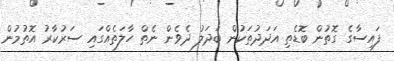
ފައިސާގެ ގޮތުން ބޮޑެތި އަދަދުތަކުން ބަދަލު ދެވެން ނެތް ހާލަތެއްގައި ސަރުކާރު އޮތުމުން